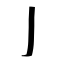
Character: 亅